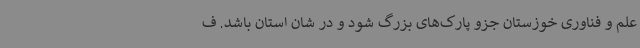
علم و فناوری خوزستان جزو پارک‌های بزرگ شود و در شان استان باشد. ف